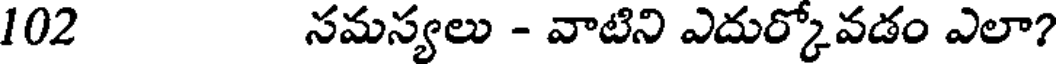
102 సమస్యలు - వాటిని ఎదుర్కోవడం ఎలా?